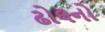
ઢોલનો